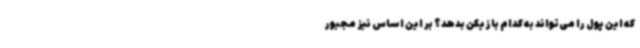
که این پول را می‌تواند به کدام بازیکن بدهد؟ بر این اساس نیز مجبور